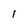
Character: I